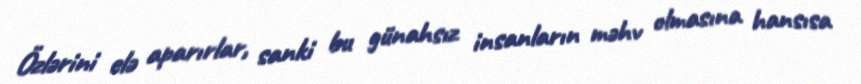
Özlərini elə aparırlar, sanki bu günahsız insanların məhv olmasına hansısa